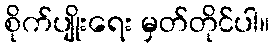
စိုက်ပျိုးရေး မှတ်တိုင်ပါ။